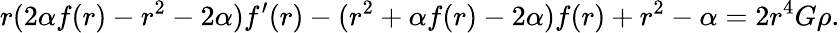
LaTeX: r(2\alpha f(r)-r^{2}-2\alpha)f^{\prime}(r)-(r^{2}+\alpha f(r)-2\alpha)f(r)+r^{2}-\alpha=2r^{4}G\rho.